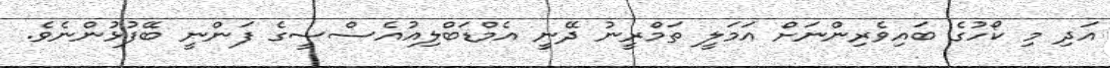
އަދި މި ކޯހުގެ ބައިވެރިންނަށް އަމަލީ ތަމްރީނު ދޭނީ އެމްޑަބްލިއުއެސްސީގެ ފަންނީ ބޭފުޅުންނެވެ.